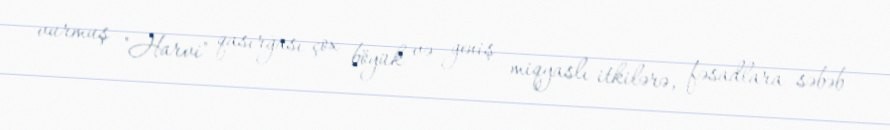
vurmuş "Harvi" qasırğası çox böyük və geniş miqyaslı itkilərə, fəsadlara səbəb